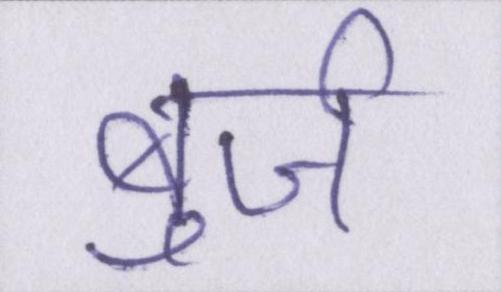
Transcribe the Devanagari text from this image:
बुर्ज